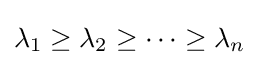
\lambda _{1}\geq \lambda _{2}\geq \dots \geq \lambda _{n}